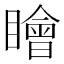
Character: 瞺